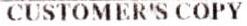
CUSTOMER'S COPY